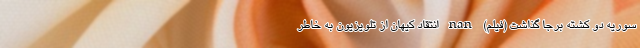
سوریه دو کشته برجا گذاشت (فیلم) nan انتقاد کیهان از تلویزیون به خاطر